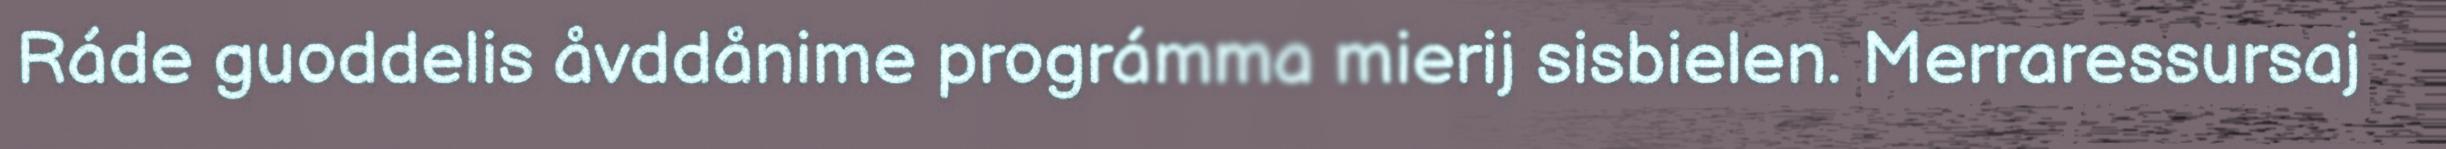
Ráde guoddelis åvddånime prográmma mierij sisbielen. Merraressursaj